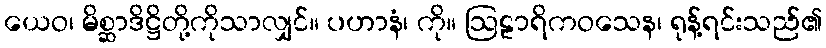
ယေဝ၊ မိစ္ဆာဒိဋ္ဌိတို့ကိုသာလျှင်။ ပဟာနံ၊ ကို။ ဩဠာရိကဝသေန၊ ရုန့်ရင်းသည်၏